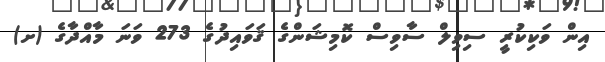
އިން ވަކިކުރީ ސިވިލް ސާވިސް ކޮމިޝަންގެ ޤަވައިދުގެ 273 ވަނަ މާއްދާގެ (ށ)